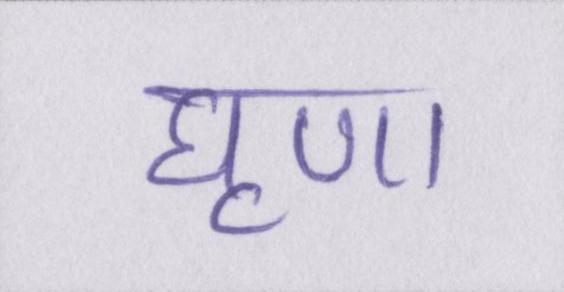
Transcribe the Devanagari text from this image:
घृणा